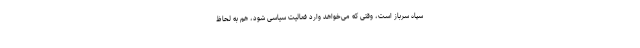
سپاه سرباز است، وقتی که می‌خواهد وارد فعالیت سیاسی شود، هم به لحاظ